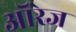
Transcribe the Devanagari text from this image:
ऑरेज